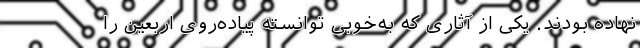
نهاده بودند. یکی از آثاری که به‌خوبی توانسته پیاده‌روی اربعین را